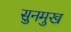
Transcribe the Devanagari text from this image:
सुनमुख